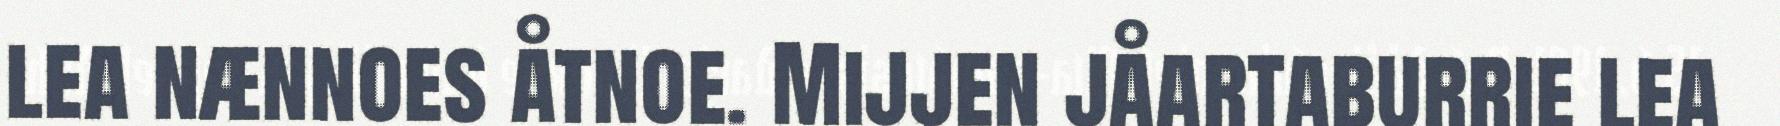
lea nænnoes åtnoe. Mijjen jåartaburrie lea